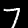
Digit: 7